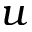
u